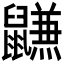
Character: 𱌐